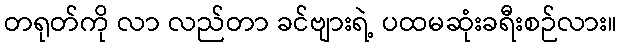
တရုတ်ကို လာ လည်တာ ခင်ဗျားရဲ့ ပထမဆုံးခရီးစဉ်လား။